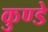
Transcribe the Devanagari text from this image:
कुण्डे